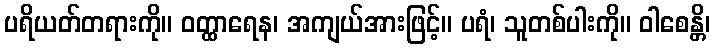
ပရိယတ်တရားကို။ ဝတ္ထာရေန၊ အကျယ်အားဖြင့်။ ပရံ၊ သူတစ်ပါးကို။ ဝါစေန္တိ၊